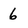
Character: 6